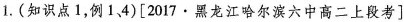
1.(知识点1，例14)[2017·黑龙江哈尔滨六中高二上段考]